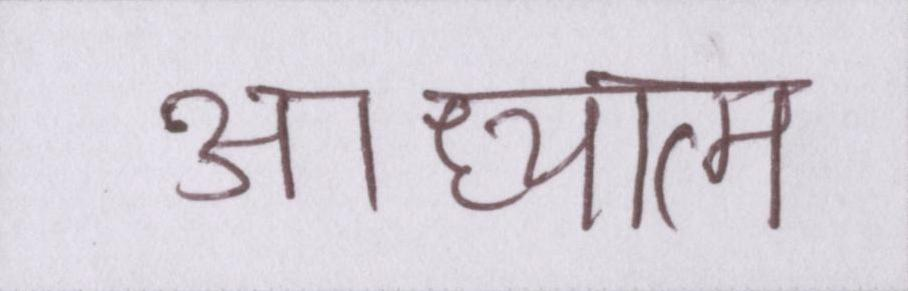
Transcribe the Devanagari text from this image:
आध्यात्म